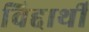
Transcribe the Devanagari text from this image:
विद्दार्थी